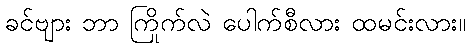
ခင်ဗျား ဘာ ကြိုက်လဲ ပေါက်စီလား ထမင်းလား။